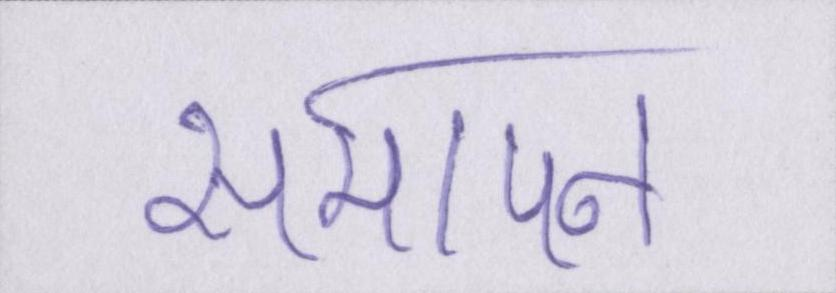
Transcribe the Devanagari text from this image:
समापन